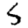
Digit: 5